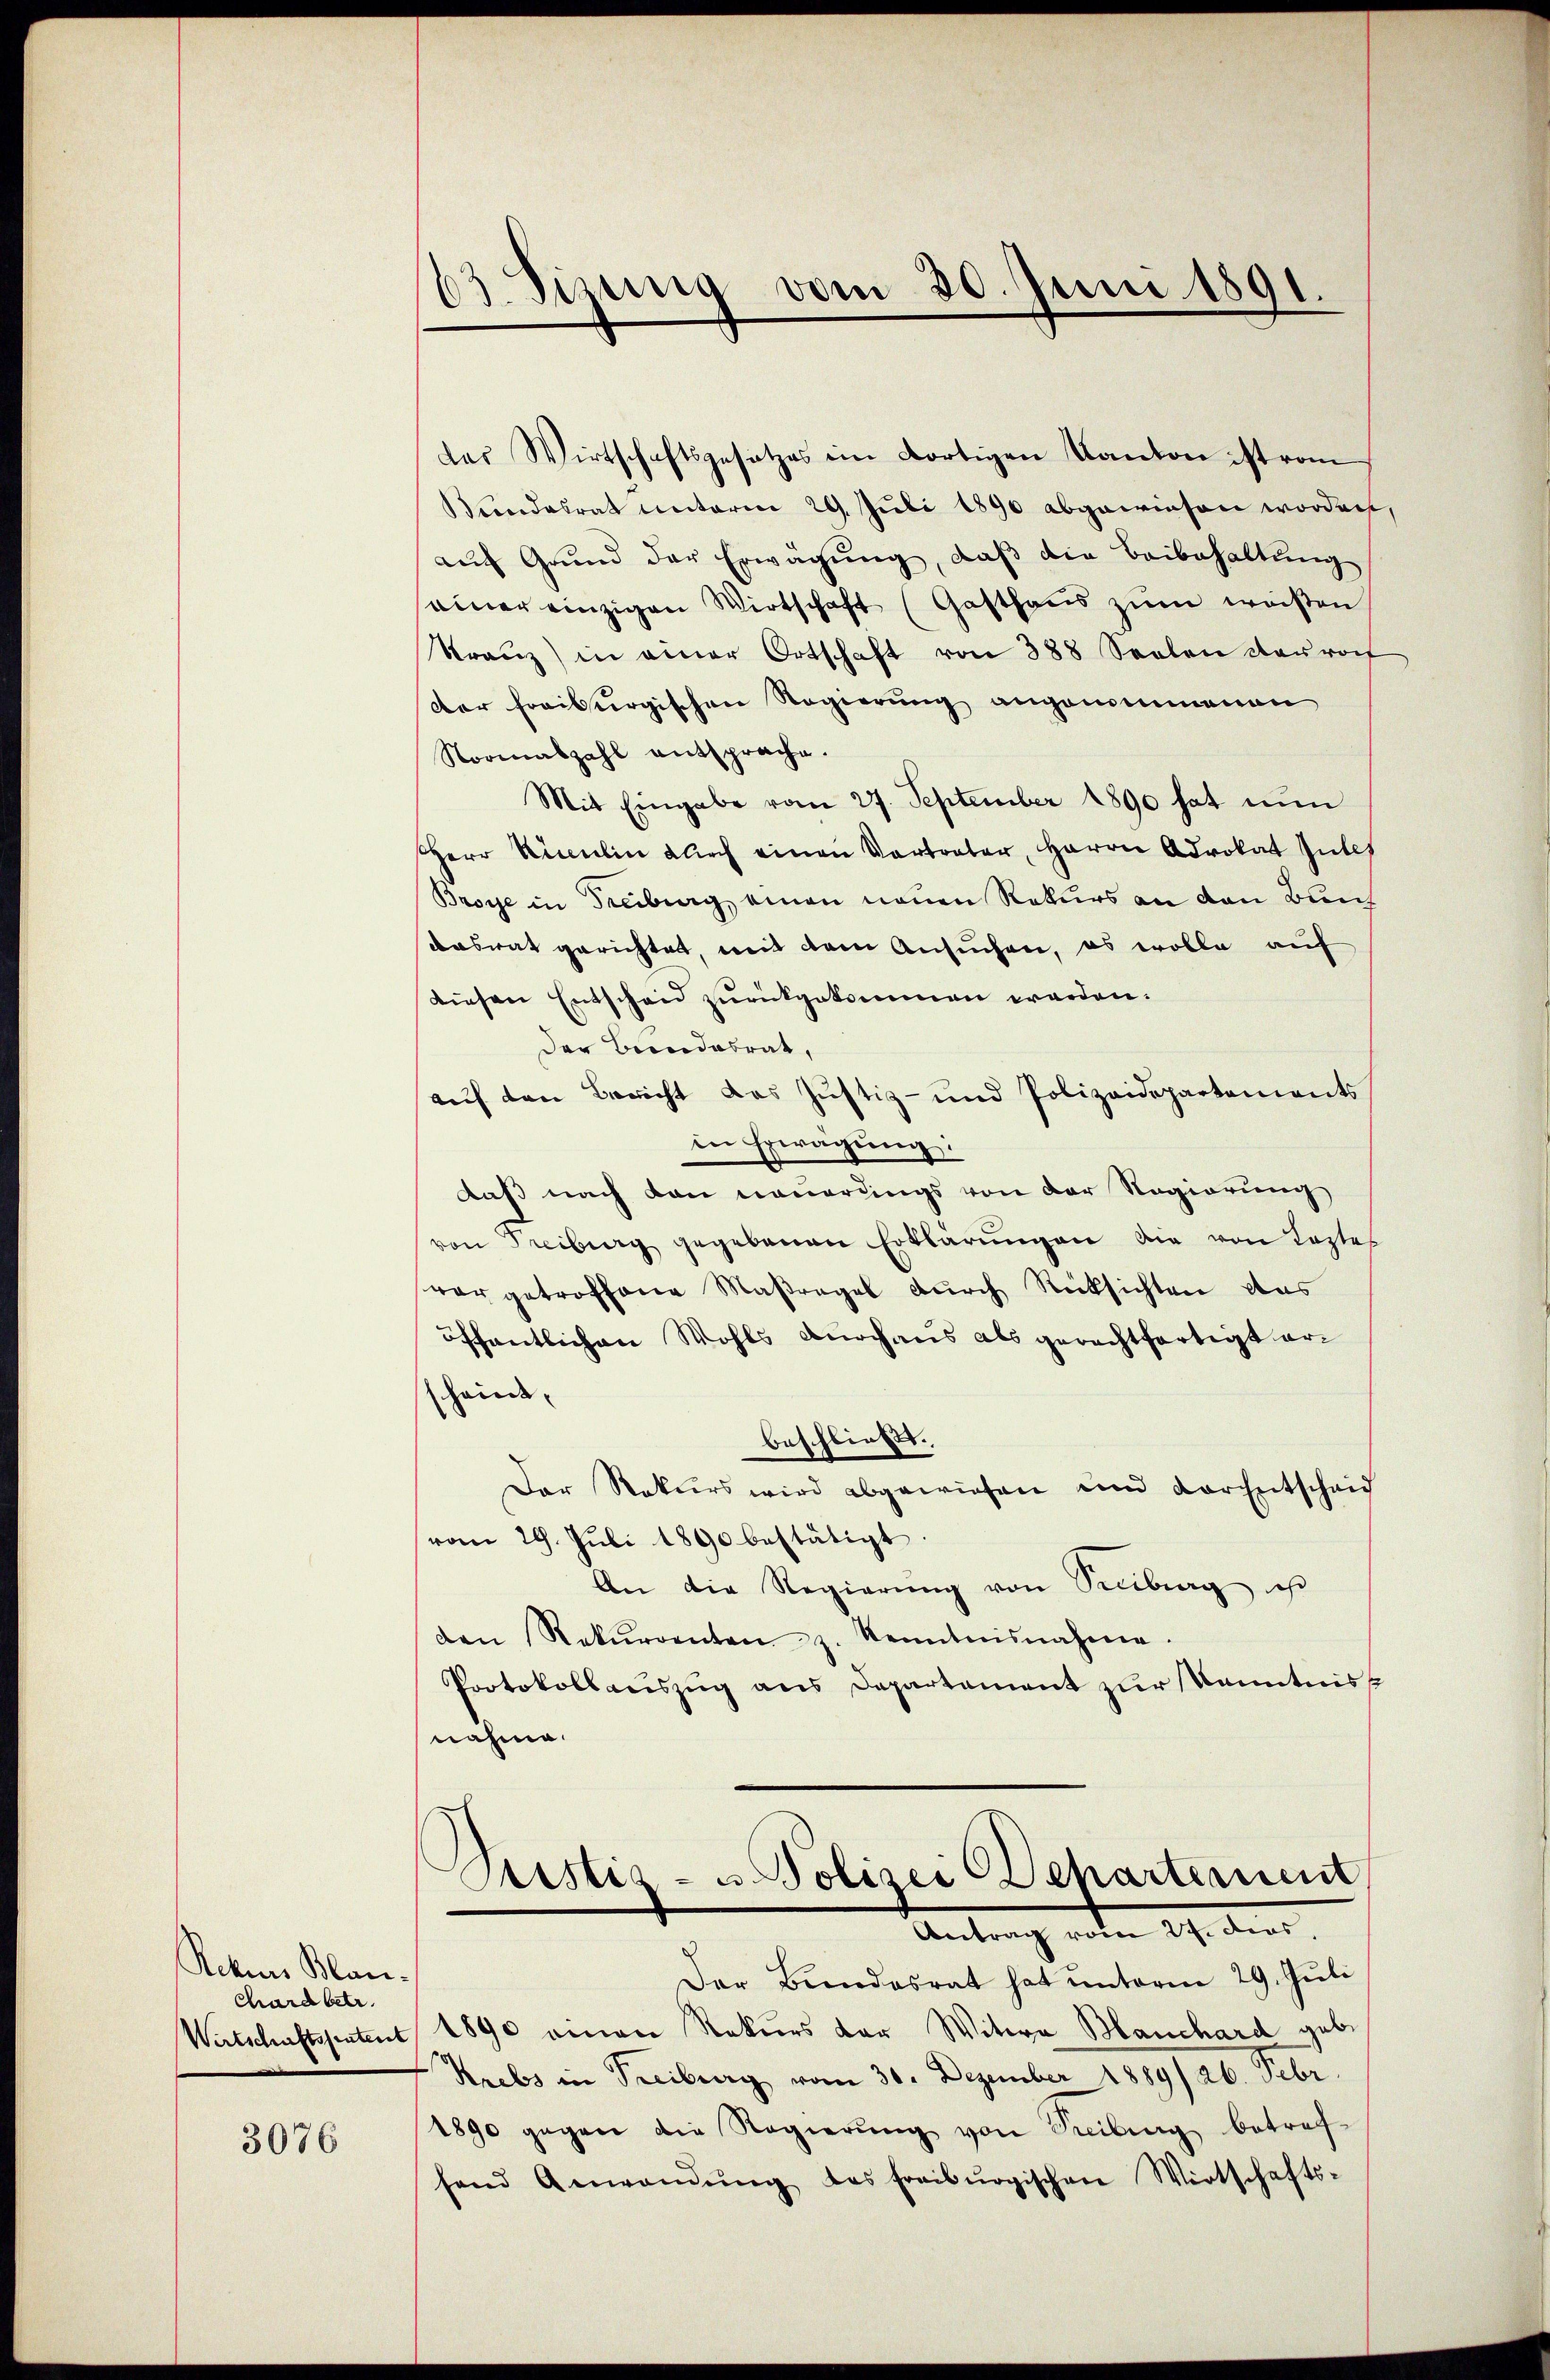
Ackers Blanchard betr.

3076

63. Sizung vom 30. Juni 1891.

das Wirtschaftsgesetzes im dortigen Kanton ist vom
Bundesrat unterm 29. Juli 1890 abgewiesen worden,
aŭf Grund der Erwägŭng, daβ die Beibehaltŭng
einer einzigen Wirtschaft (Gasthaŭs zŭm weisen
Tranz in einer Ortschaft von 388 Seelen daurof
der freiburgischen Regierung angenommenen
Normaszahl entsprache.
Mit Eingabe vom 27. September 1890 hat nun
Herr Riculin durch einen Vortreter, Herrn Advokat Intes
Broye in Freiburg, einen neuen Rekurs an den Bun
dasrat gerichtet, mit dem Ansuchen, es wolle auf
diesen Entscheid zurückgekommen werden.
Der Beendesrat,
aŭf den Bericht das Justiz- und Polizeidepartements
in Erwägung:
daß nach den neuerdings von der Regierung
von Freiburg gegebenen Erklärŭngen die von Laste
vorgetroffene Maßregel durch Rücksichten das
öffentlichen Wohls durchaus als gerechtfertigt ersscheint,
beschließt.
Der Rekurs wird abgewiesen und der Entscheid
vom 29. Jŭli 1890 bestätigt.
An die Regierŭng von Sentrag ist
den Rekurrenten z. Renntnisnahme.
Protokollauszug aus Departement zur Kenntniss
nahme.

Sistiz- u. Polizei Departement
Antrag vom 24. dies,

Der Bundesrat hat unterm 29. Juli
Wirtschaftssentent 1890 einen Rekurs der Witwe Manchard geb.
Krebs in Treiburg vom 30. Dezember 1889/ 26. Febr.
1890 gegen die Regierŭng von Seilung betref-
hend Anwendŭng des freiburgischen Wirtschafts-